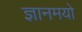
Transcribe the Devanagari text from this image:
ज्ञानमयो